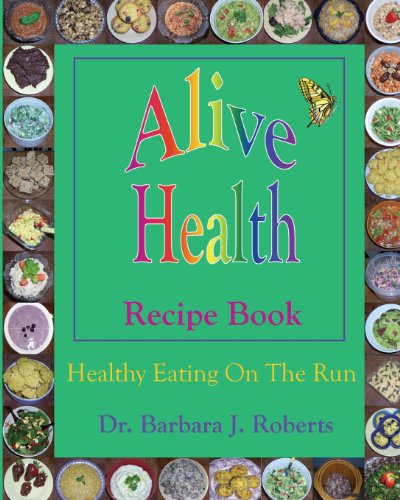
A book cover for Alive Health Recipe Book: Healthy Eating On The Run; Dr. Barbara J. Roberts; Health, Fitness & Dieting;